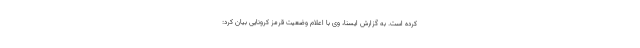
کرده است. به گزارش ایسنا، وی با اعلام وضعیت قرمز کرونایی بیان کرد: